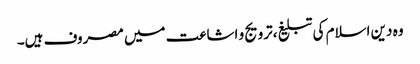
وہ دین اسلام کی تبلیغ،ترویج و اشاعت میں مصروف ہیں۔